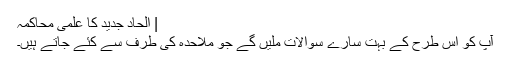
| الحاد جدید کا علمی محاکمہ
آپ کو اس طرح کے بہت سارے سوالات ملیں گے جو ملاحدہ کی طرف سے کئے جاتے ہیں۔